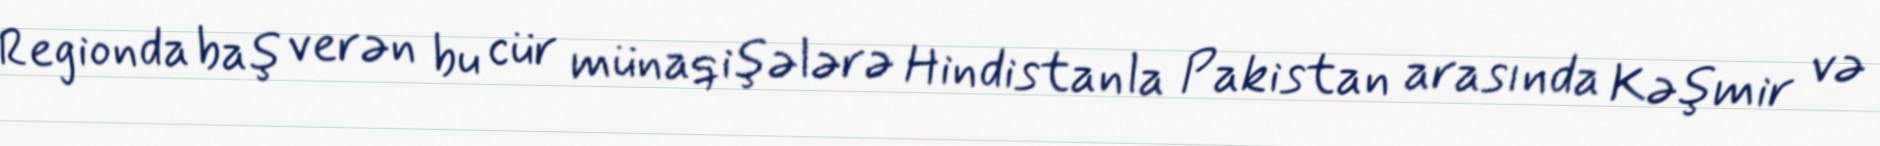
Regionda baş verən bu cür münaqişələrə Hindistanla Pakistan arasında Kəşmir və